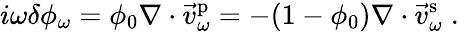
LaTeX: i\omega\delta\phi_{\omega}=\phi_{0}\nabla\cdot\vec{v}_{\omega}^{\mathrm{p}}=-(1-\phi_{0})\nabla\cdot\vec{v}_{\omega}^{\mathrm{s}}\; .